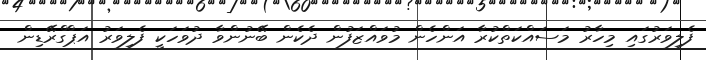
ފެލިވަރުގައި މިހާރު މަސައްކަތްކުރާ އަންހެން މުވައްޒަފުން ދެކެން ބޭނުންވާ ދުވަހަކީ ފެލިވަރު އަޕްގްރޭޑިން